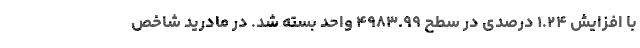
با افزایش ۱.۲۴ درصدی در سطح ۴۹۸۳.۹۹ واحد بسته شد. در مادرید شاخص